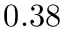
0 . 3 8